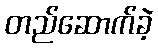
တည်ဆောက်ခဲ့